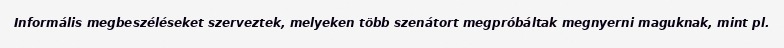
Informális megbeszéléseket szerveztek, melyeken több szenátort megpróbáltak megnyerni maguknak, mint pl.